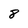
Character: 8